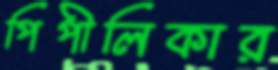
পিপীলিকার